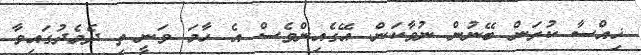
ޚިއްސާ ކުރަން ބޭނުން ނުވާކަން. އޭގެއިންވެސް އެ ހާމަ ވަނީ ތި ދެމެދުގައިވާ